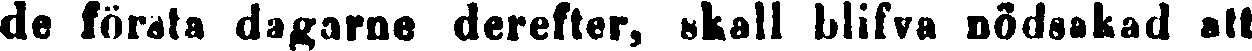
de första dagarne derefter, skall blifva nödsakad att